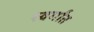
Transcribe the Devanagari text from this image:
स्वर्गांत